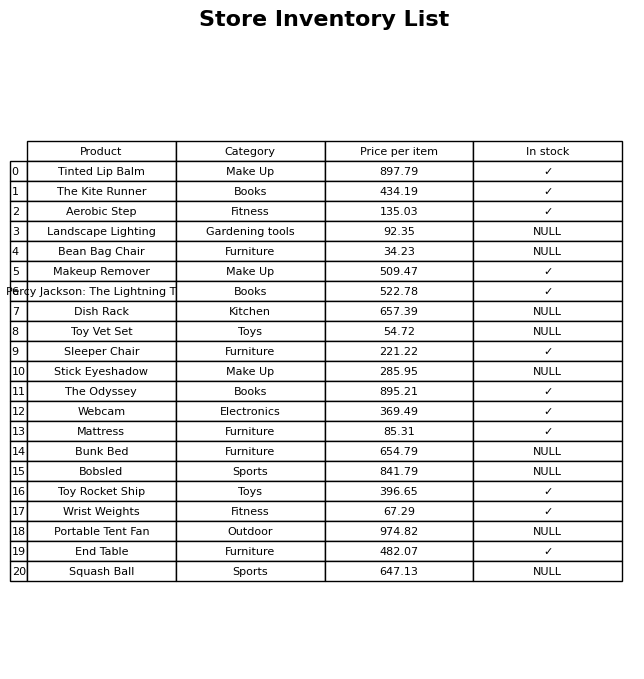
question: What is the price for Tinted Lip Balm?
answer: The price of Tinted Lip Balm is 897.79.